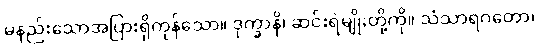
မနည်းသောအပြားရှိကုန်သော။ ဒုက္ခာနိ၊ ဆင်းရဲမျိုးတို့ကို။ သံသာရဂတော၊